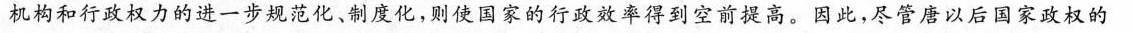
机构和行政权力的进一步规范化、制度化，则使国家的行政效率得到空前提高。因此，尽管唐以后国家政权的